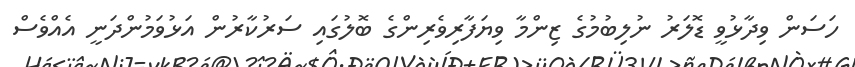
ހަސަން ވިދާޅުވީ ޑޮލަރު ނުލިބުމުގެ ޒިންމާ ވިޔަފާރިވެރިންގެ ބޮލުގައި ސަރުކާރުން އަޅުވަމުންދަނީ އެއްވެސް